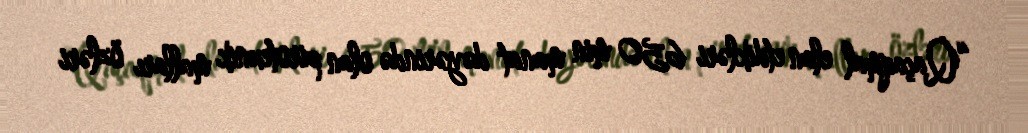
“Qaçaqmal elan etdikləri 650 min manat dəyərində olan pirotexnik malları özləri